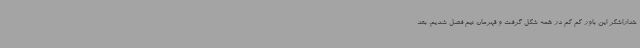
خداراشکر این باور کم کم در همه شکل گرفت و قهرمان نیم فصل شدیم. بعد